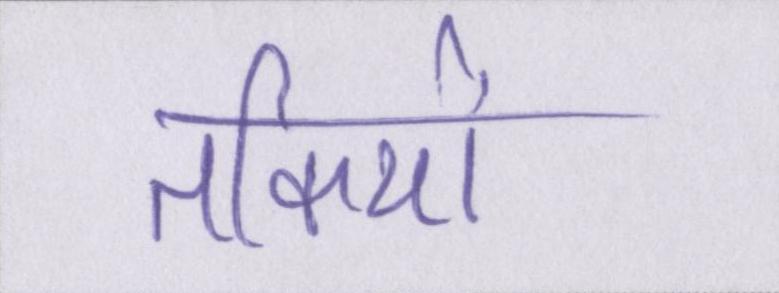
तकियों